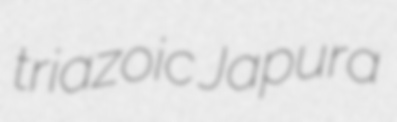
triazoic Japura